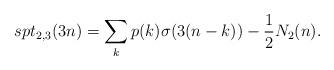
LaTeX: \begin{align*}spt_{2,3}(3n)=\sum_{k}p(k)\sigma(3(n-k))-\frac{1}{2}N_2(n).\end{align*}